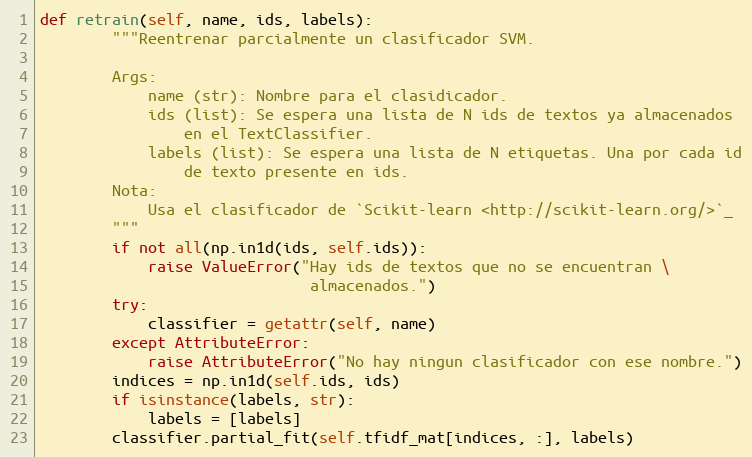
Language: Python
def retrain(self, name, ids, labels):
        """Reentrenar parcialmente un clasificador SVM.

        Args:
            name (str): Nombre para el clasidicador.
            ids (list): Se espera una lista de N ids de textos ya almacenados
                en el TextClassifier.
            labels (list): Se espera una lista de N etiquetas. Una por cada id
                de texto presente en ids.
        Nota:
            Usa el clasificador de `Scikit-learn <http://scikit-learn.org/>`_
        """
        if not all(np.in1d(ids, self.ids)):
            raise ValueError("Hay ids de textos que no se encuentran \
                              almacenados.")
        try:
            classifier = getattr(self, name)
        except AttributeError:
            raise AttributeError("No hay ningun clasificador con ese nombre.")
        indices = np.in1d(self.ids, ids)
        if isinstance(labels, str):
            labels = [labels]
        classifier.partial_fit(self.tfidf_mat[indices, :], labels)